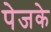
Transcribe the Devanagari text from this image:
पेजके